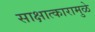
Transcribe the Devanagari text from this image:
साक्षात्कारामुळे